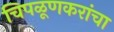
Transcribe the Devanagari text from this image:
चिपळूणकरांचा